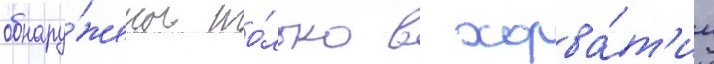
обнару́жены то́лько в хорва́т'ии